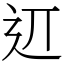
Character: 䢋